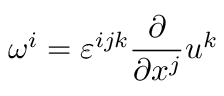
\omega ^ { i } = \varepsilon ^ { i j k } \frac { \partial } { \partial x ^ { j } } u ^ { k }